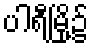
ပါရီမြို့၌